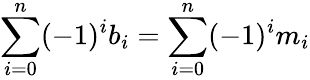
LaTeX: \sum_{i=0}^{n}(-1)^{i}b_{i}=\sum_{i=0}^{n}(-1)^{i}m_{i}